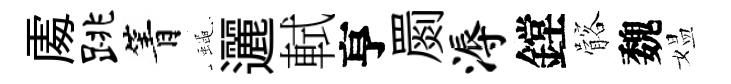
𠁅跳箐蠅邐軾亨罽溽鏜髂魏媪